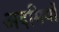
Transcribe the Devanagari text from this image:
अदमियों